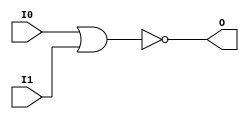

/*

FUNCTION	: 2-INPUT NOR GATE

*/

`timescale  100 ps / 10 ps

`celldefine

module NOR2 (O, I0, I1);


    output O;

    input  I0, I1;

    nor O1 (O, I0, I1);

    specify
	(I0 *> O) = (0, 0);
	(I1 *> O) = (0, 0);
    endspecify

endmodule

`endcelldefine